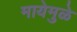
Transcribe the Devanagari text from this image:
मायेमुळे